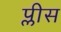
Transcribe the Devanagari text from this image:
प्लीस